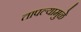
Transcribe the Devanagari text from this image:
तापल्यामुळे